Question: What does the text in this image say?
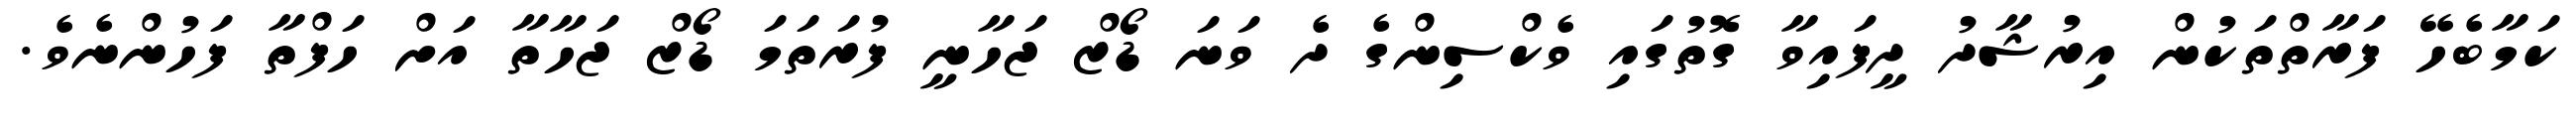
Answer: ކަމާބެހޭ ފަރާތްތަކުން އިރުޝާދު ދީފައިވާ ގޮތުގައި ވެކްސިންގެ ދެ ވަނަ ޑޯޒް ޖަހާނީ ފުރަތަމަ ޑޯޒް ޖަހާތާ އަށް ހަފްތާ ފަހުންނެވެ.